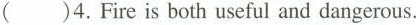
()4.Fire is both useful and dangerous.